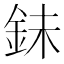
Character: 𮡮